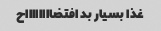
غذا بسیار بد افتضااااااااح